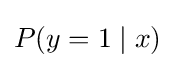
P(y=1\mid x)